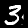
Digit: 3